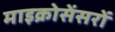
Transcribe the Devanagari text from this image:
माइक्रोसेंसरों